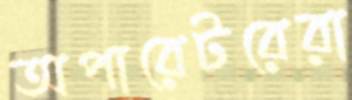
অপারেটরেরা